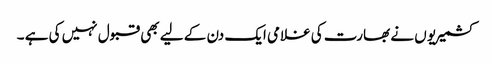
کشمیریو ں نے بھارت کی غلامی ایک دن کے لیے بھی قبول نہیں کی ہے ۔